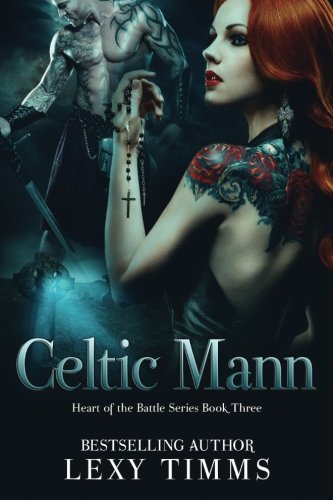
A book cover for Celtic Mann (Heart of the Battle Series) (Volume 3); Lexy Timms; Romance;